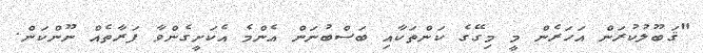
"ޤަބޫލުކުރަން އަހަރެން މީ މިގޭގެ ކަންތަކާއި ބަސްބުނަން އެންމެ އެކަށީގެންވާ ފަރާތެއް ނޫންކަން.